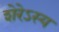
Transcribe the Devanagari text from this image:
शेरेऽस्य